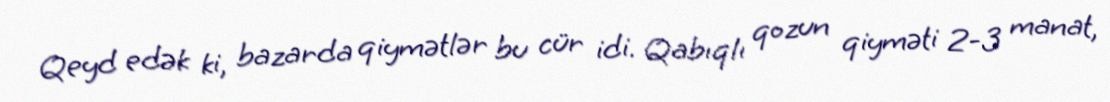
Qeyd edək ki, bazarda qiymətlər bu cür idi. Qabıqlı qozun qiyməti 2-3 manat,